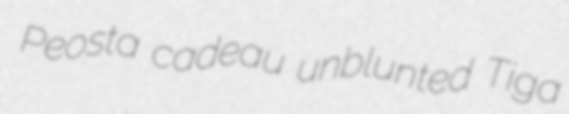
Peosta cadeau unblunted Tiga